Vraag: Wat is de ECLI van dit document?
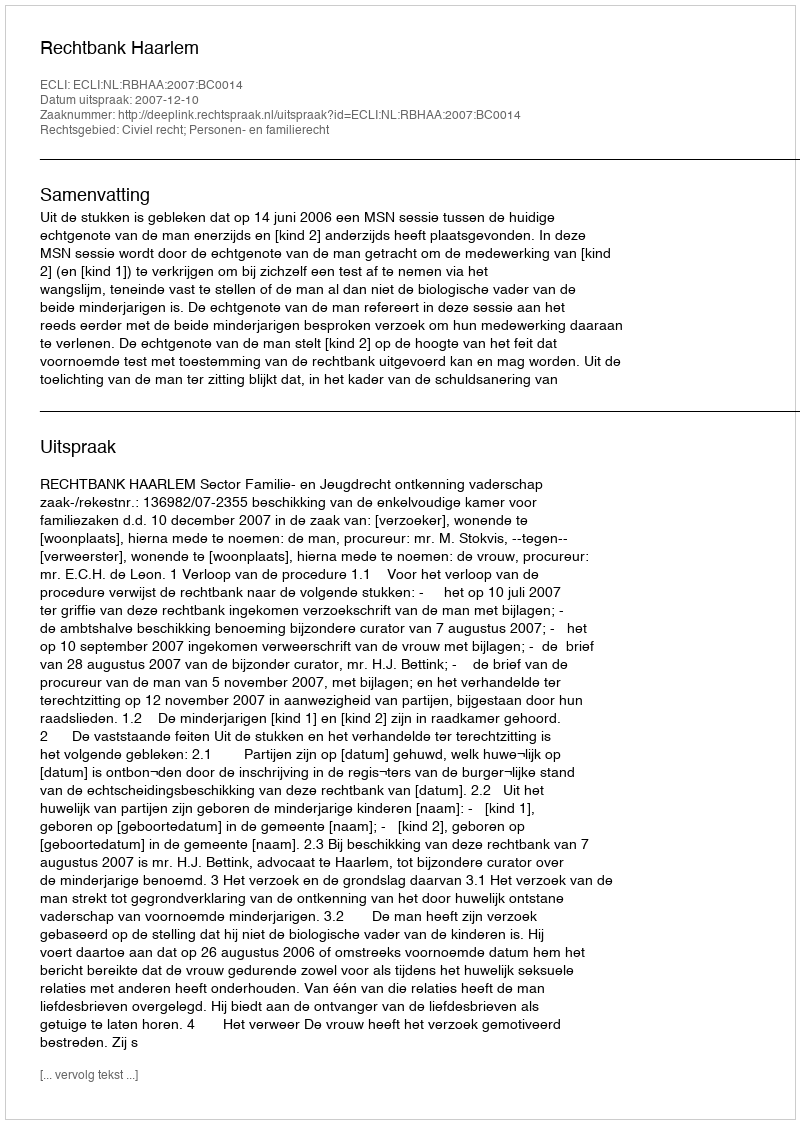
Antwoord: ECLI:NL:RBHAA:2007:BC0014